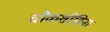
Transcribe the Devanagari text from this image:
चौकशीविना